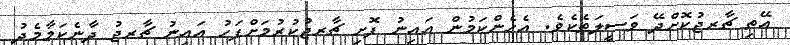
އޭތި ޗާރޖުކޮށްދޭ ވަސީލަތެކެވެ. އެހެންކަމުން އައިނު ފޮށި ޗާރޖުކުރުމަށްފަހު އައިނު ޗާރޖު ދާނެކަމާމެދު